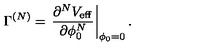
\Gamma ^ { ( N ) } = \left. \frac { \partial ^ { N } V _ { \mathrm { e f f } } } { \partial \phi _ { 0 } ^ { N } } \right| _ { \phi _ { 0 } = 0 } .